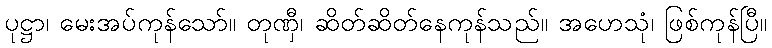
ပုဋ္ဌာ၊ မေးအပ်ကုန်သော်။ တုဏှီ၊ ဆိတ်ဆိတ်နေကုန်သည်။ အဟေသုံ၊ ဖြစ်ကုန်ပြီ။